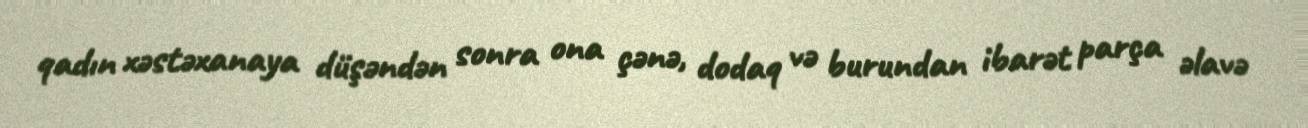
qadın xəstəxanaya düşəndən sonra ona çənə, dodaq və burundan ibarət parça əlavə